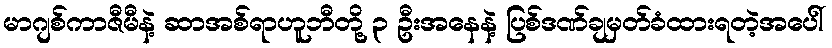
မာဂျစ်ကာဇီမီနဲ့ ဆာအစ်ရာဟူဘီတို့ ၃ ဦးအနေနဲ့ ပြစ်ဒဏ်ချမှတ်ခံထားရတဲ့အပေါ်